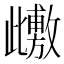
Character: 𭭺